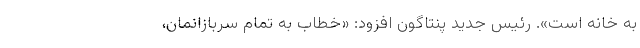
به خانه است». رئیس جدید پنتاگون افزود: «خطاب به تمام سربازانمان،